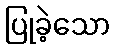
ပြုခဲ့သော